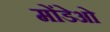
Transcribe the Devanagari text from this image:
मोंडेओ